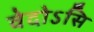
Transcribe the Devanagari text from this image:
वेदोऽसि